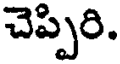
చెప్పిరి.